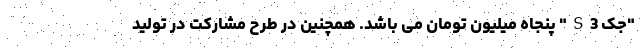
"جک S3" پنجاه میلیون تومان می باشد. همچنین در طرح مشارکت در تولید